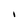
Character: I